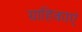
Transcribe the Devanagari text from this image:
ग्राहिकाएं